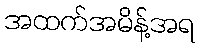
အထက်အမိန့်အရ